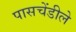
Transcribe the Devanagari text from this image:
पासचेंडीले